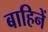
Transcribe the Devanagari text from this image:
बाहिनें